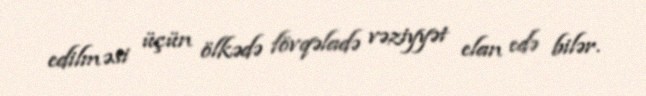
edilməsi üçün ölkədə fövqəladə vəziyyət elan edə bilər.